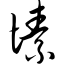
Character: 愫